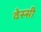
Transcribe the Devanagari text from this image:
वेस्सी